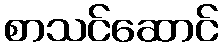
စာသင်ဆောင်